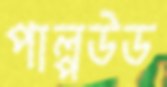
পাল্পউড